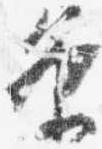
条